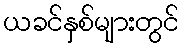
ယခင်နှစ်များတွင်